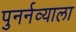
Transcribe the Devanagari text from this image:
पुनर्नव्याला